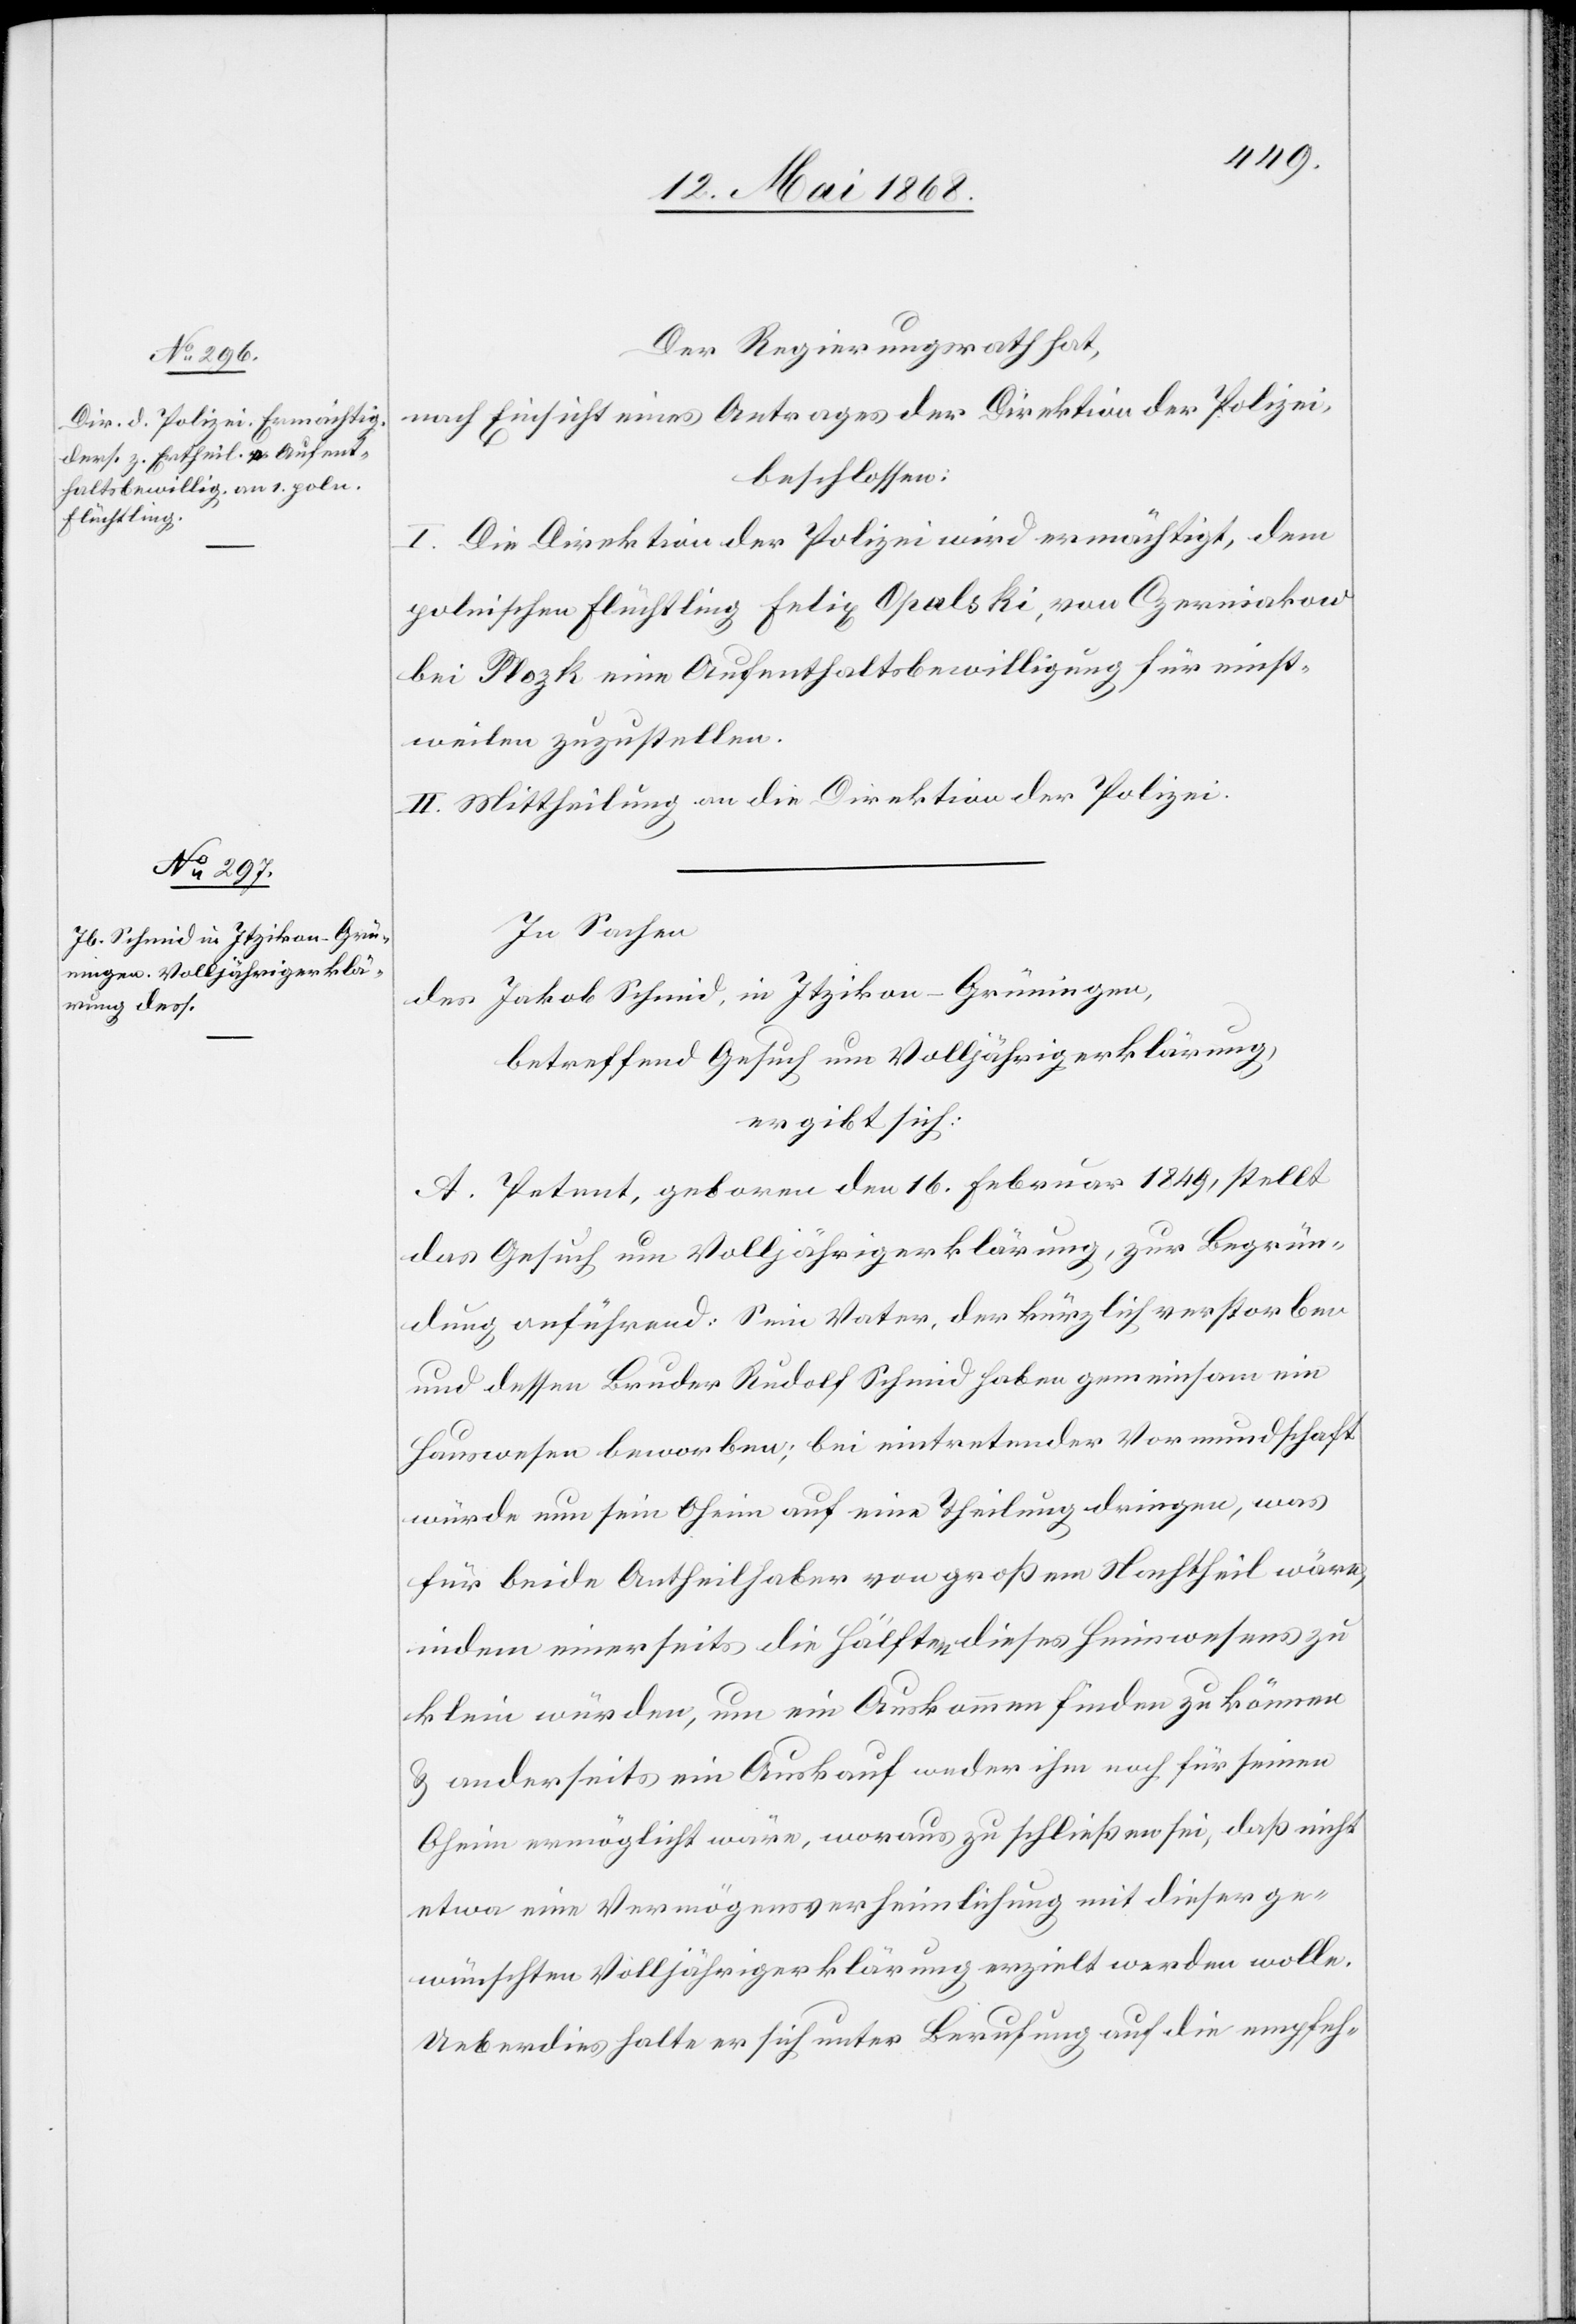
Der Regierungsrath hat,
nach Einsicht eines Antrages der Direktion der Polizei,
beschlossen:
I. Die Direktion der Polizei wird ermächtigt, dem
polnischen Flüchtling Felix Opalski, von Czerniakow
bei Plozk eine Aufenthaltsbewilligung für einst¬
weilen zuzustellen.
II. Mittheilung an die Direktion der Polizei.
In Sachen
des Jakob Schmid, in Itzikon-Grüningen,
betreffend Gesuch um Volljährigerklärung,
ergibt sich:
A. Petent, geboren den 16. Februar 1849, stellt
das Gesuch um Volljährigerklärung, zur Begrün¬
dung anführend: Sein Vater, der kürzlich verstorben
und dessen Bruder Rudolf Schmid haben gemeinsam ein
Hauswesen beworben; bei eintretender Vormundschaft
würde nun sein Oheim auf eine Theilung dringen, was
für beide Antheilhaber von großem Nachtheil wäre,
indem einerseits die Hälften dieses Heimwesens zu
klein würden, um ein Auskommen finden zu können
& anderseits ein Auskauf weder ihm noch für seinen
Oheim ermöglicht wäre, woraus zu schließen sei, daß nicht
etwa eine Vermögensverheimlichung mit dieser ge¬
wünschten Volljährigerklärung erzielt werden wolle.
Ueberdies halte er sich unter Berufung auf die empfeh-